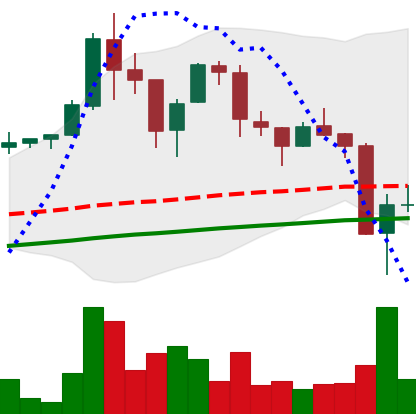
Ticker: LTC-USD
Chart end date: 2017-09-16
Forward return: -3.424%
Label: down_3_5